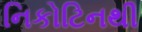
નિકોટિનથી